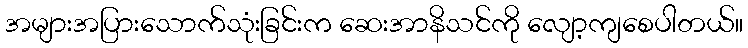
အများအပြားသောက်သုံးခြင်းက ဆေးအာနိသင်ကို လျော့ကျစေပါတယ်။